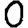
Digit: 0